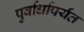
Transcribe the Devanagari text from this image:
पुर्वार्धापर्यंत